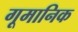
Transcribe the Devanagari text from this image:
गूमानिक